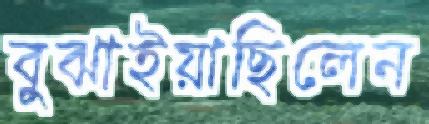
বুঝাইয়াছিলেন